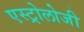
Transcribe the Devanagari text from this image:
एस्ट्रोलोजी